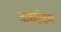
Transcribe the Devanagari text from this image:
ऊर्ध्वतम